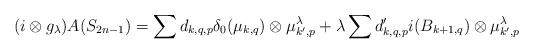
LaTeX: \begin{align*}(i \otimes g_\lambda) A(S_{2n-1})=\sum d_{k,q,p}\delta_0(\mu_{k,q})\otimes\mu_{k',p}^\lambda+\lambda\sum d'_{k,q,p}i(B_{k+1,q})\otimes\mu_{k',p}^\lambda\end{align*}